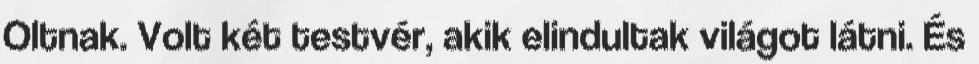
Oltnak. Volt két testvér, akik elindultak világot látni. És